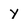
Character: y